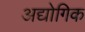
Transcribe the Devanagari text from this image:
अद्योगिक